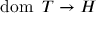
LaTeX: \operatorname { d o m } \ T \rightarrow H